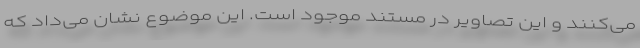
می‌کنند و این تصاویر در مستند موجود است. این موضوع نشان می‌داد که